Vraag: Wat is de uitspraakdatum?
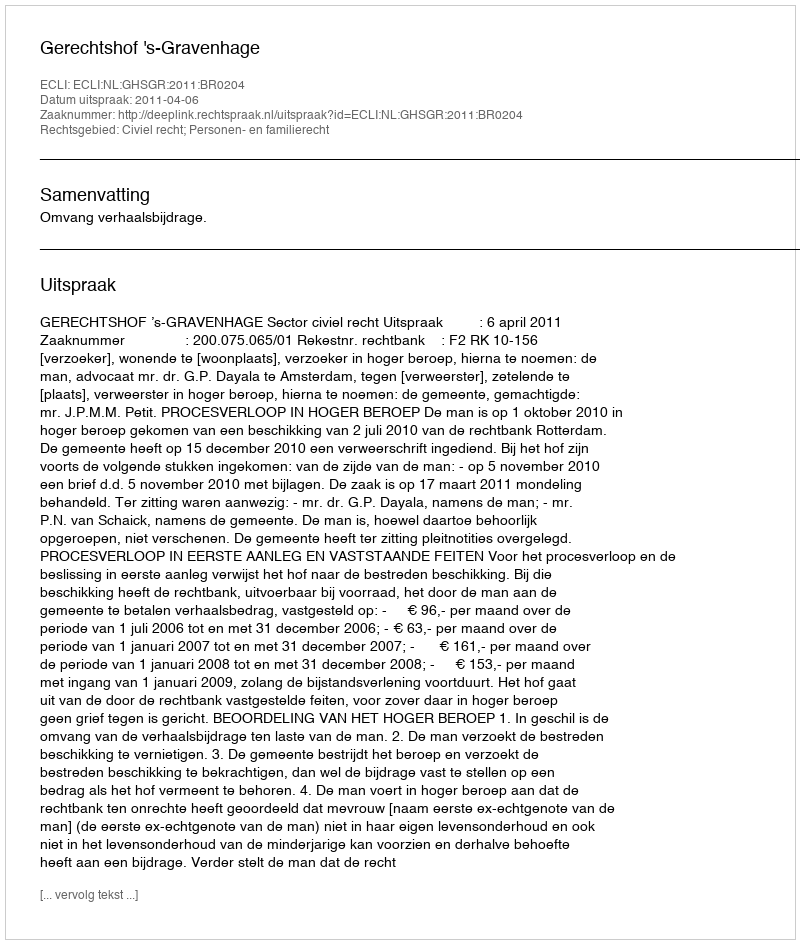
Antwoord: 2011-04-06